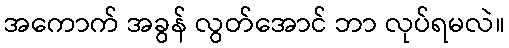
အကောက် အခွန် လွတ်အောင် ဘာ လုပ်ရမလဲ။